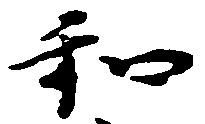
和